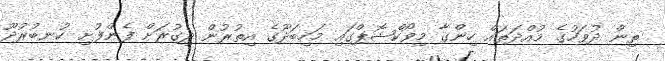
ތިން ދުވަހުގެ މުއްދަތައް ހިންގާ މިވޯކްޝޮޕްގައި މަހިބަދޫގެ އިތުރުން ދިގުރަށް ފެންފުށި ކުނބުރުދޫ